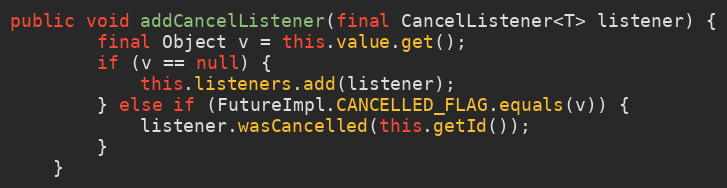
Language: Java
public void addCancelListener(final CancelListener<T> listener) {
		final Object v = this.value.get();
		if (v == null) {
			this.listeners.add(listener);
		} else if (FutureImpl.CANCELLED_FLAG.equals(v)) {
			listener.wasCancelled(this.getId());
		}
	}